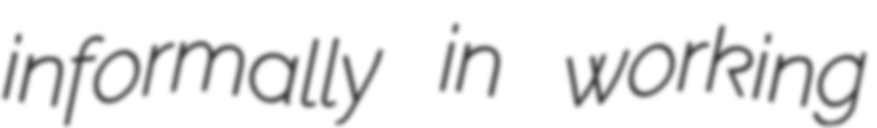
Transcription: informally in working